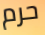
حرم